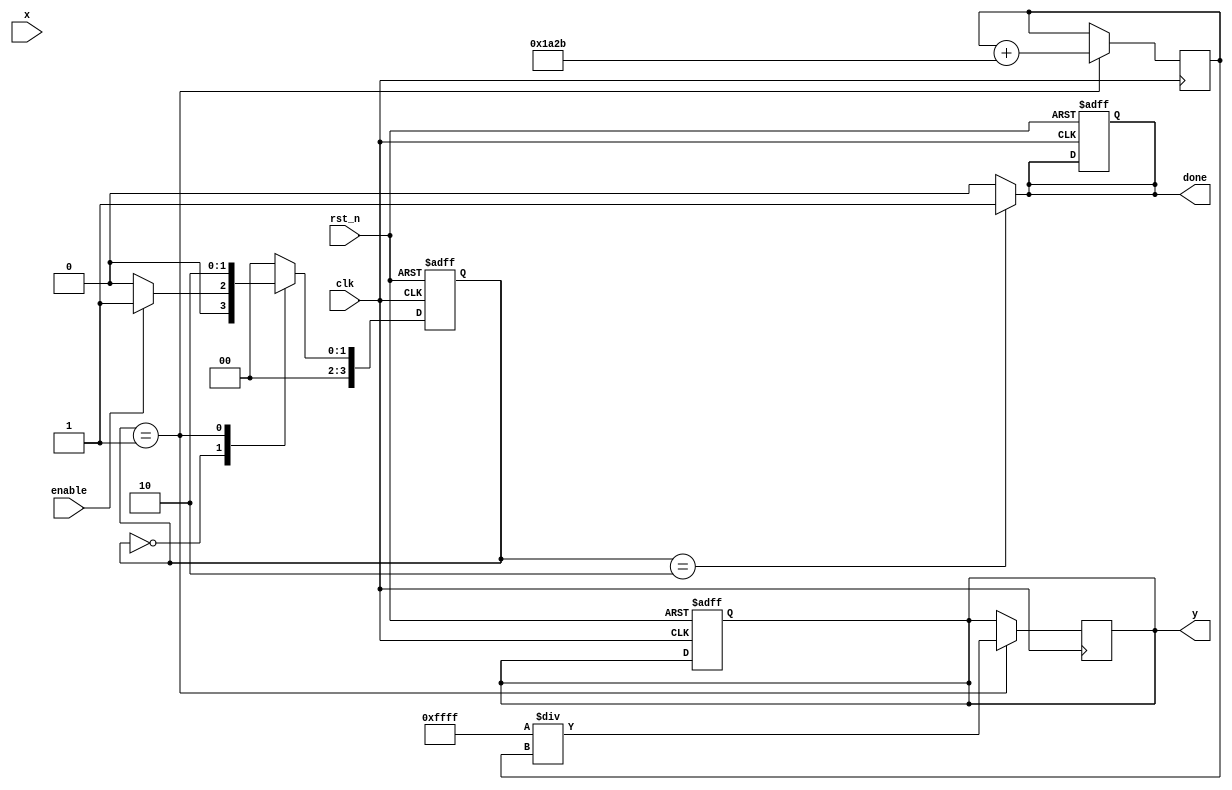
module poly_reciprocal (
    input wire clk,
    input wire rst_n,
    input wire enable,
    input wire [15:0] x, // 16-bit fixed-point input (0 < x < 1)
    output reg [15:0] y,  // 16-bit fixed-point output (reciprocal of x)
    output reg done       // Signal indicating completion of computation
);

    // Polynomial coefficients for approximation (example coefficients)
    parameter C0 = 16'h1A2B; // Coefficient for x^0
    parameter C1 = 16'hC3D4; // Coefficient for x^1
    parameter C2 = 16'hE5F6; // Coefficient for x^2
    parameter C3 = 16'h0A1B; // Coefficient for x^3

    reg [15:0] x_squared;
    reg [15:0] poly_result;
    reg [3:0] state;
    reg [3:0] next_state;

    // State encoding
    localparam IDLE = 4'b0000,
               CALC = 4'b0001,
               DONE = 4'b0010;

    // State machine for control logic
    always @(posedge clk or negedge rst_n) begin
        if (!rst_n) begin
            state <= IDLE;
            done <= 0;
            y <= 0;
        end else begin
            state <= next_state;
        end
    end

    always @(*) begin
        case (state)
            IDLE: begin
                if (enable) begin
                    next_state = CALC;
                    done = 0;
                end else begin
                    next_state = IDLE;
                    done = 0;
                end
            end
            CALC: begin
                next_state = DONE;
                done = 0;
            end
            DONE: begin
                next_state = IDLE;
                done = 1;
            end
            default: begin
                next_state = IDLE;
                done = 0;
            end
        endcase
    end

    // Polynomial evaluation using Horner's method
    always @(posedge clk) begin
        if (state == CALC) begin
            // Compute x^2
            x_squared <= x * x;

            // Evaluate polynomial P(x) = C3*x^3 + C2*x^2 + C1*x + C0
            poly_result <= C3 * x_squared * x; // C3 * x^3
            poly_result <= poly_result + (C2 * x_squared); // + C2 * x^2
            poly_result <= poly_result + (C1 * x); // + C1 * x
            poly_result <= poly_result + C0; // + C0

            // Scale the result to get the reciprocal
            y <= (16'hFFFF / poly_result); // Assuming fixed-point representation
        end
    end

endmodule